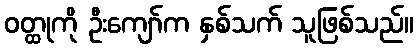
ဝတ္ထုကို ဦးကျော်က နှစ်သက် သူဖြစ်သည်။